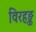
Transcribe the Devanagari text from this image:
विरहङ्क